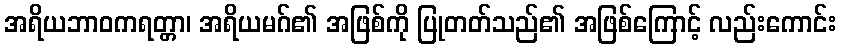
အရိယဘာဝကရတ္တာ၊ အရိယမဂ်၏ အဖြစ်ကို ပြုတတ်သည်၏ အဖြစ်ကြောင့် လည်းကောင်း